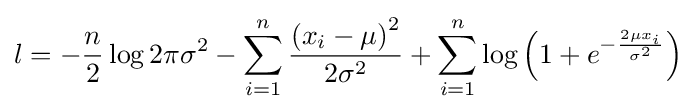
l=-{\frac {n}{2}}\log {2\pi \sigma ^{2}}-\sum _{i=1}^{n}{\frac {\left(x_{i}-\mu \right)^{2}}{2\sigma ^{2}}}+\sum _{i=1}^{n}\log {\left(1+e^{-{\frac {2\mu x_{i}}{\sigma ^{2}}}}\right)}